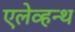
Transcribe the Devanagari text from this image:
एलेव्हन्थ